Plague in India, 1896, 1897 - Volume 1
Year: 1896
Disease focus: Plague
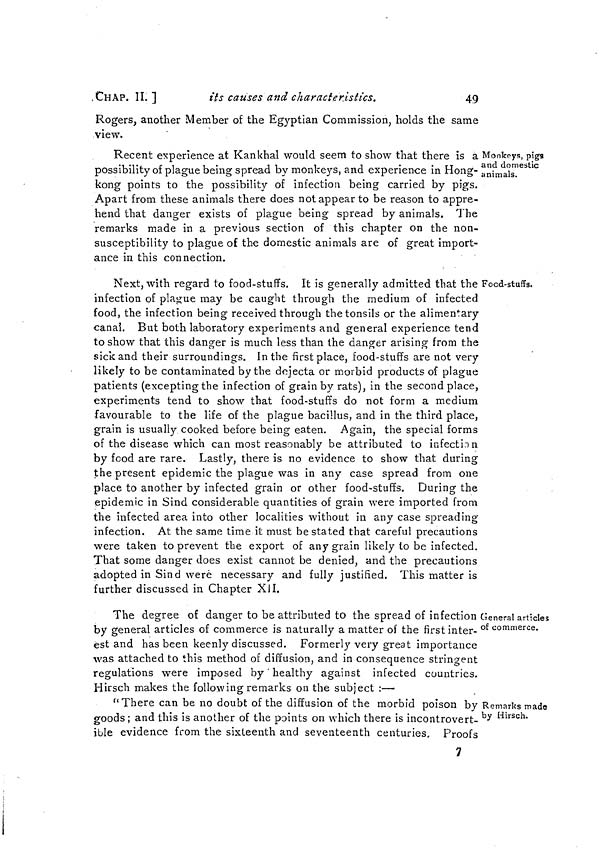
CHAP. IL ]
¿is causes and characteristics.
49
Rogers, another Member of the Egyptian Commission, holds the same
view.
Monkeys, pigs
and domestic
animals.
Recent experience at Kankhal would seem to show that there is a
possibility of plague being spread by monkeys, and experience in Hong-
kong points to the possibility of infection being carried by pigs.
Apart from these animals there does not appear to be reason to appre-
hend that danger exists of plague being spread by animals. The
remarks made in a previous section of this chapter on the non-
susceptibility to plague of the domestic animals are of great import-
ance in this connection.
Food-stuffs.
Next, with regard to food-stuffs. It is generally admitted that the 1
infection of plague may be caught through the medium of infected
food, the infection being received through the tonsils or the alimentary
canal. But both laboratory experiments and general experience tend
to show that this danger is much less than the danger arising from the
sick and their surroundings. In the first place, food-stuffs are not very
likely to be contaminated by the dejecta or morbid products of plague
patients (excepting the infection of grain by rats), in the second place,
experiments tend to show that food-stuffs do not form a medium
favourable to the life of the plague bacillus, and in the third place,
grain is usually cooked before being eaten. Again, the special forms
of the disease which can most reasonably be attributed to infection
by food are rare. Lastly, there is no evidence to show that during
the present epidemic the plague was in any case spread from one
place to another by infected grain or other food-stuffs. During the
epidemic in Sind considerable quantities of grain were imported from
the infected area into other localities without in any case spreading
infection. At the same time it must be stated that careful precautions
were taken to prevent the export of any grain likely to be infected.
That some danger does exist cannot be denied, and the precautions
adopted in Sind were necessary and fully justified. This matter is
further discussed in Chapter XII.
General articles
of commerce.
The degree of danger to be attributed to the spread of infection
by general articles of commerce is naturally a matter of the first inter-
est and has been keenly discussed. Formerly very great importance
was attached to this method of diffusion, and in consequence stringent
regulations were imposed by ' healthy against infected countries.
Hirsch makes the following remarks on the subject :—
Remarks made
by Hirsch.
" There can be no doubt of the diffusion of the morbid poison by
goods ; and this is another of the points on which there is incontrovert-
ible evidence from the sixteenth and seventeenth centuries. Proofs
7